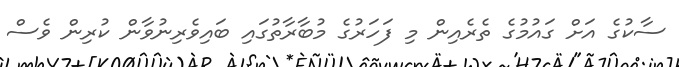
ސާކުގެ އަށް ގައުމުގެ ތެރެއިން މި ފަހަރުގެ މުބާރާތުގައި ބައިވެރިނުވާން ކުރިން ވެސް